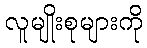
လူမျိုးစုများကို